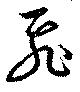
飛